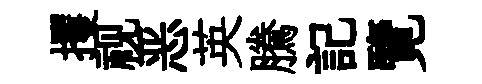
攫视恶英騰記覽